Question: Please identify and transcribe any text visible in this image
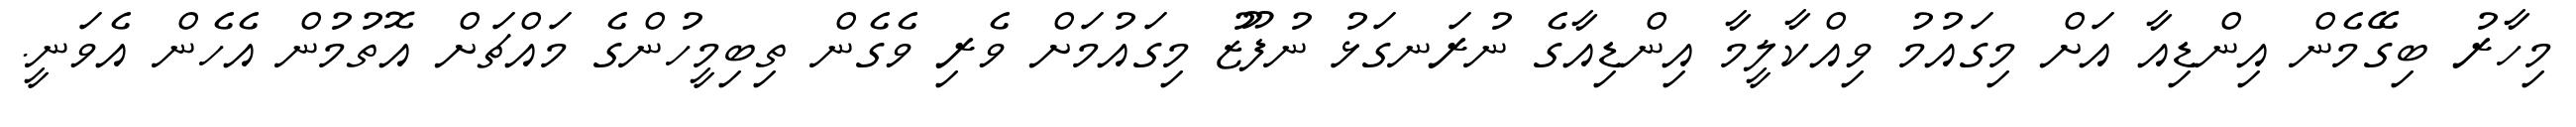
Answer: މިހާރު ބިގޭމެން އިންޑިއާ އަށް މިގައުމު ވިއްކާލީމާ އިންޑިއާގެ ނުރަނގަޅު ނުފޫޒު މިގައުމަށް ވެރި ވެގެން ތިބިމީހުންގެ މައްޗަށް އޮތުމުން އެހެން އެވަނީ.